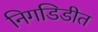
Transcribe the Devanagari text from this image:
निगडिडीत